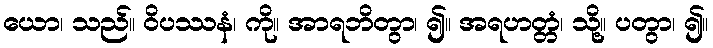
ယော၊ သည်။ ဝိပဿနံ၊ ကို။ အာရဘိတွာ၊ ၍။ အရဟတ္တံ၊ သို့။ ပတွာ၊ ၍။